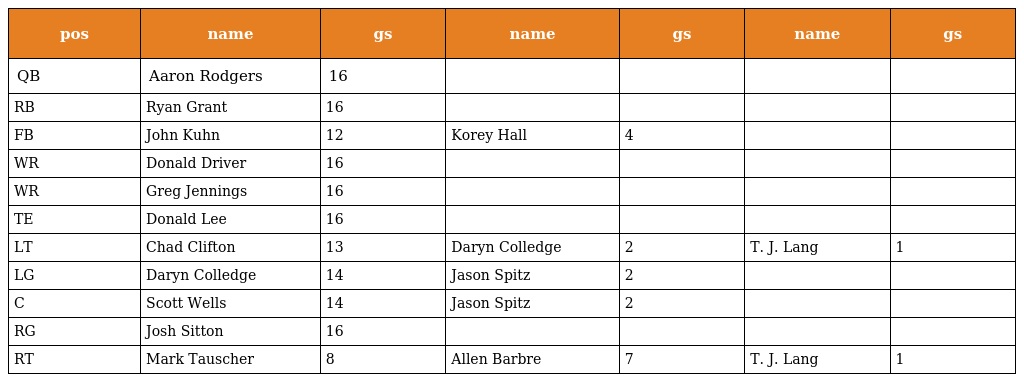
| pos | name | gs | name | gs | name | gs |
 | --- | --- | --- | --- | --- | --- | --- |
 | QB | Aaron Rodgers | 16 |  |  |  |  |
 | RB | Ryan Grant | 16 |  |  |  |  |
 | FB | John Kuhn | 12 | Korey Hall | 4 |  |  |
 | WR | Donald Driver | 16 |  |  |  |  |
 | WR | Greg Jennings | 16 |  |  |  |  |
 | TE | Donald Lee | 16 |  |  |  |  |
 | LT | Chad Clifton | 13 | Daryn Colledge | 2 | T. J. Lang | 1 |
 | LG | Daryn Colledge | 14 | Jason Spitz | 2 |  |  |
 | C | Scott Wells | 14 | Jason Spitz | 2 |  |  |
 | RG | Josh Sitton | 16 |  |  |  |  |
 | RT | Mark Tauscher | 8 | Allen Barbre | 7 | T. J. Lang | 1 |